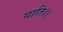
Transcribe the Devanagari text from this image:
याति।।